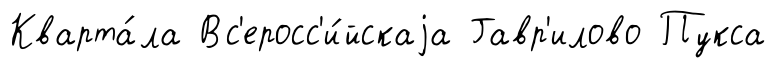
Кварта́ла Вс'еросс'и́йскаjа Гавр'илово Пукса